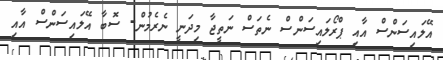
އޭލައިސަންސް އާއި ޕްރޯލައިސަންސް ނެތަސް ނަތީޖާ މިދަނީ ނެރެމުން- ސޮބާ އޭލައިސަންސް އާއި